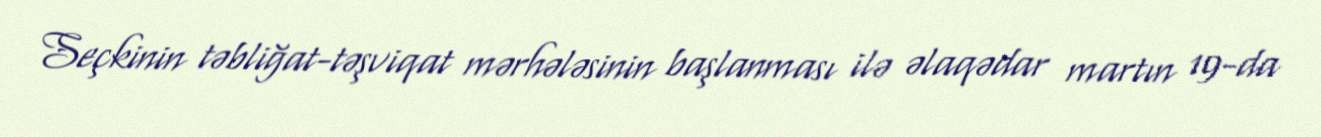
Seçkinin təbliğat-təşviqat mərhələsinin başlanması ilə əlaqədar martın 19-da